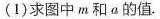
(1)求图中m和α的值.